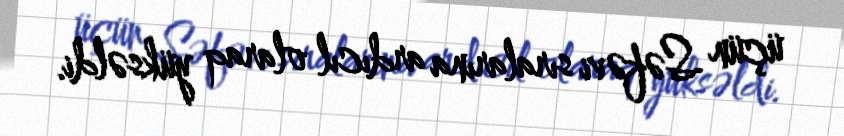
üçün Səfəvi sıralarına ardıcıl olaraq yüksəldi.